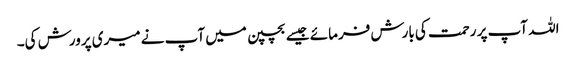
اللہ آپ پر رحمت کی بارش فرمائے جیسے بچپن میں آپ نے میری پرورش کی۔